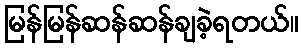
မြန်မြန်ဆန်ဆန်ချခဲ့ရတယ်။